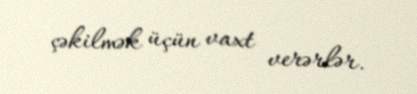
çəkilmək üçün vaxt verərlər.